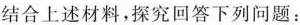
结合上述材料，探究回答下列问题：